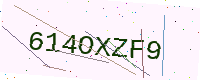
Text: 614OXZF9